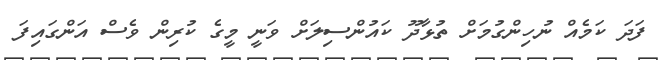
ފަދަ ކަމެއް ނުހިންގުމަށް ތުޅާދޫ ކައުންސިލަށް ވަނީ މީގެ ކުރިން ވެސް އަންގައިފަ